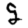
Digit: 9